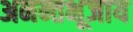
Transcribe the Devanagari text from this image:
अनन्तभूजाय